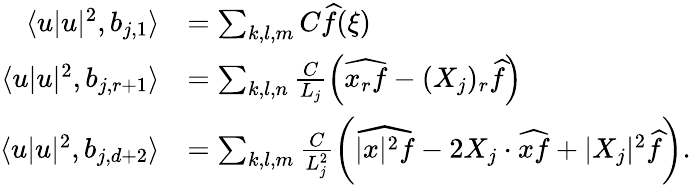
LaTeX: \begin{array}{rl}{\langle u|u|^{2},b_{j,1}\rangle}&{=\sum_{k,l,m}C\widehat{f}(\xi)}\\ {\langle u|u|^{2},b_{j,r+1}\rangle}&{=\sum_{k,l,n}\frac{C}{L_{j}}\left(\widehat{x_{r}f}-(X_{j})_{r}\widehat{f}\right)}\\ {\langle u|u|^{2},b_{j,d+2}\rangle}&{=\sum_{k,l,m}\frac{C}{L_{j}^{2}}\left(\widehat{|x|^{2}f}-2X_{j}\cdot\widehat{xf}+|X_{j}|^{2}\widehat{f}\right).}\end{array}